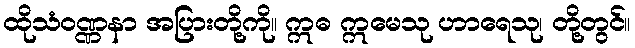
ထိုသံဝဏ္ဏနာ အပြားတို့ကို။ ဣဓ ဣမေသု ဟာရေသု၊ တို့တွင်။